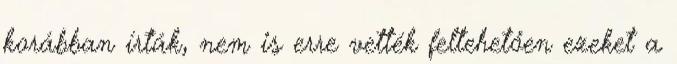
korábban írták, nem is erre vették feltehetően ezeket a